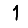
Digit: 1